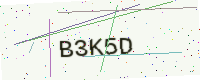
Text: B3K5D